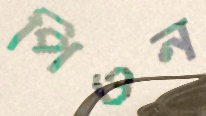
পিওন